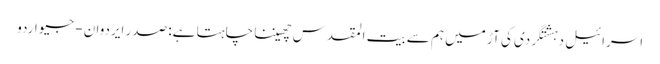
اسرائیل دہشتگردی کی آڑ میں ہم سے بیت المقدس چھیننا چاہتا ہے: صدر ایردوان - جیو اردو